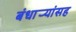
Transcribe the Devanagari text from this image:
बंधार्‍यांसह